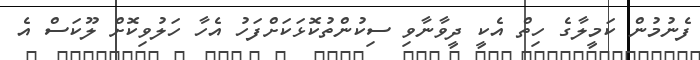
ފެނުމުން ކަމީލާގެ ހިތް އެކީ ދީވާނާވި ސިކުންތުކޮޅަކަށްފަހު އެހާ ހަލުވިކޮށް ލޫކަސް އެ